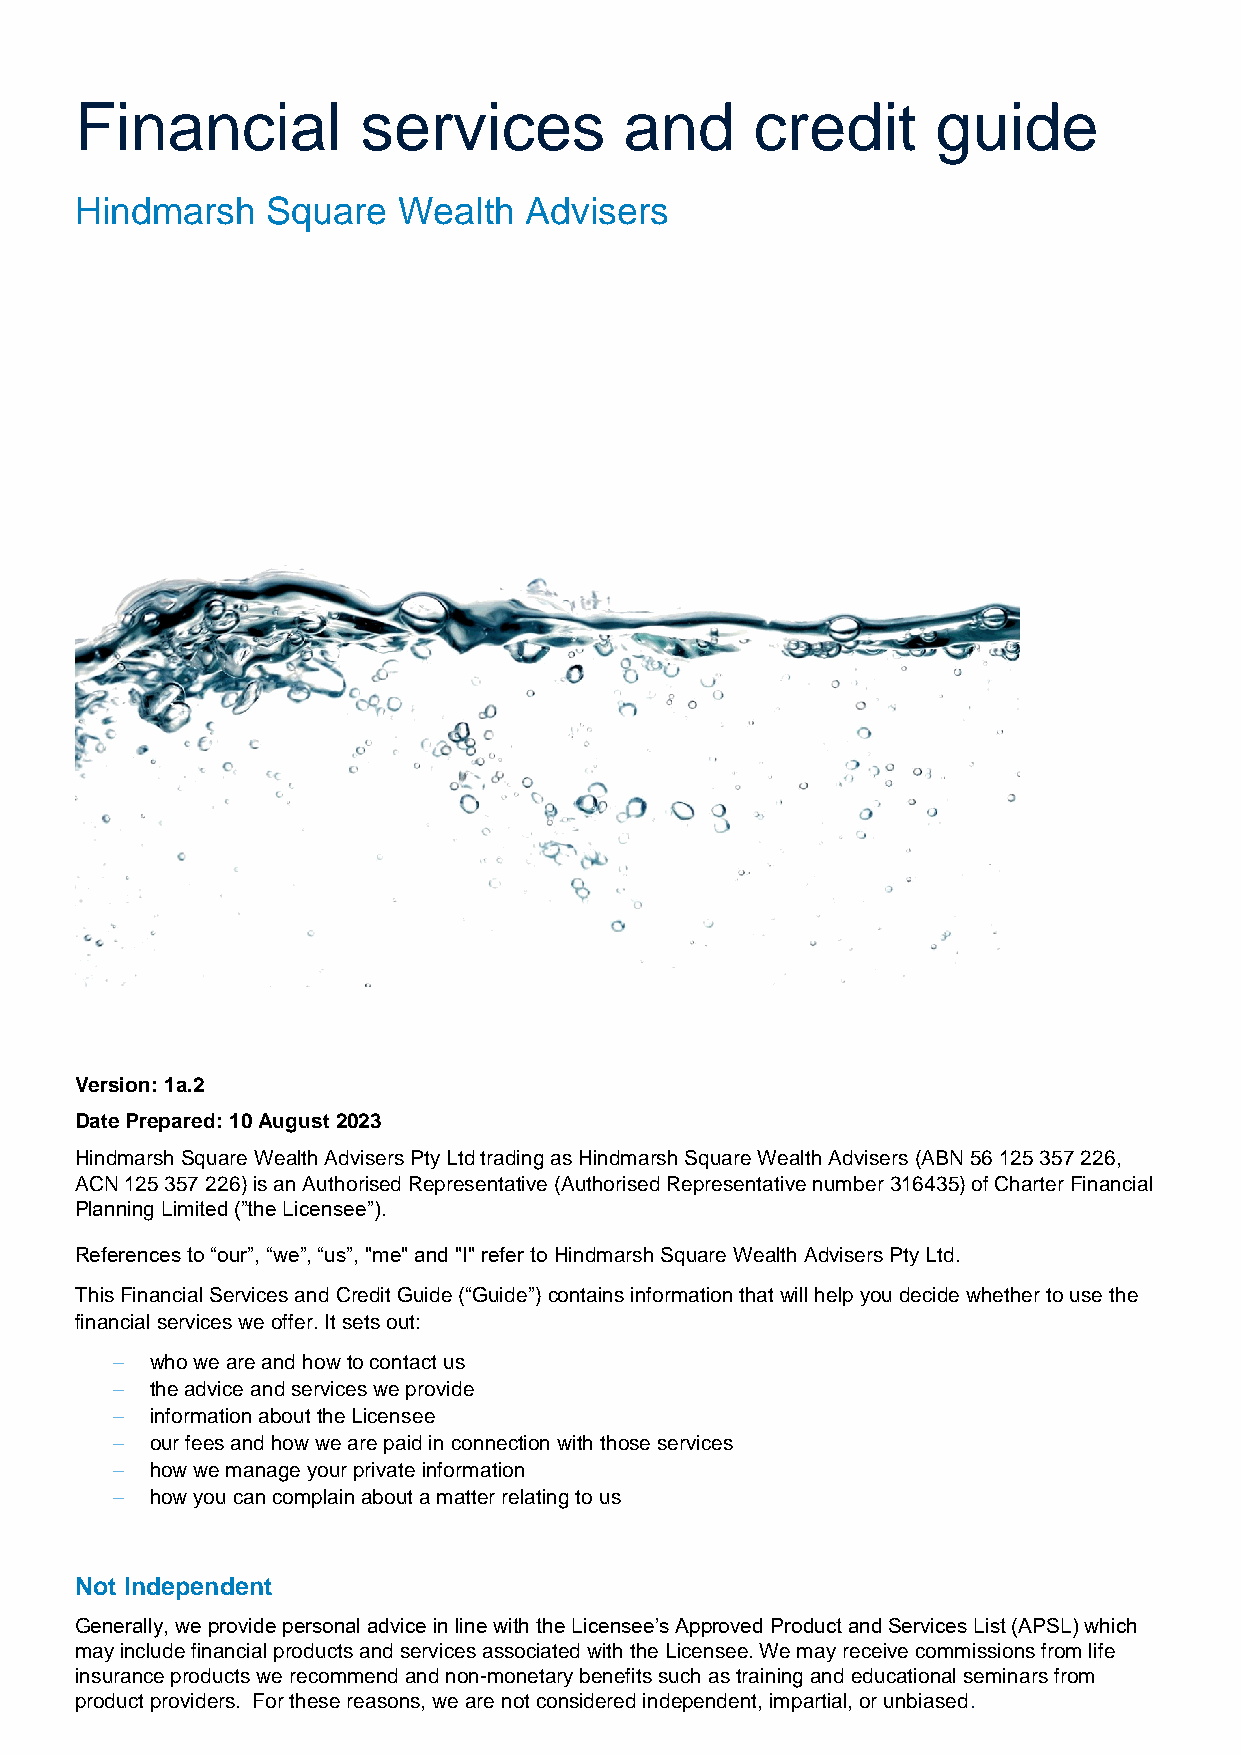
Financial          services         and      credit      guide
 Hindmarsh    Square  Wealth   Advisers
 Version: 1a.2
 Date Prepared: 10 August 2023
 Hindmarsh Square Wealth Advisers Pty Ltd trading as Hindmarsh Square Wealth Advisers (ABN 56 125 357 226,
 ACN 125 357 226) is an Authorised Representative (Authorised Representative number 316435) of Charter Financial
 Planning Limited (”the Licensee”).
 References to “our”, “we”, “us”, "me" and "I" refer to Hindmarsh Square Wealth Advisers Pty Ltd.
 This Financial Services and Credit Guide (“Guide”) contains information that will help you decide whether to use the
 financial services we offer. It sets out:
   who we are and how to contact us
   the advice and services we provide
   information about the Licensee
   our fees and how we are paid in connection with those services
   how we manage your private information
   how you can complain about a matter relating to us
 Not Independent
 Generally, we provide personal advice in line with the Licensee’s Approved Product and Services List (APSL) which
 may include financial products and services associated with the Licensee. We may receive commissions from life
 insurance products we recommend and non-monetary benefits such as training and educational seminars from
 product providers. For these reasons, we are not considered independent, impartial, or unbiased.